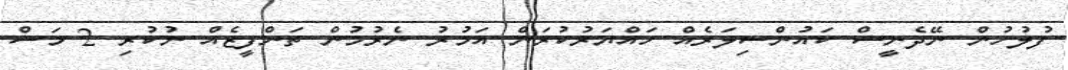
ފުލުހުން ނޭދެނީސް ކައުންސިލަރެއް ހައްޔަރުކުރަން އަމުރު ނެރުމުން ތަންފީޒެއް ނުކުރި 2 މަސް